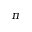
\pi